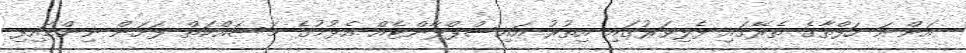
އަންނަ ހަފްތާގެ ތެރޭގައި ފެލިވަރުގައި އިތުރު އައިސްޕްލާންޓެއް އެޅުމުގެ މަސައްކަތް ފަށަން ނިންމައިފި